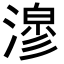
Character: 𭲇